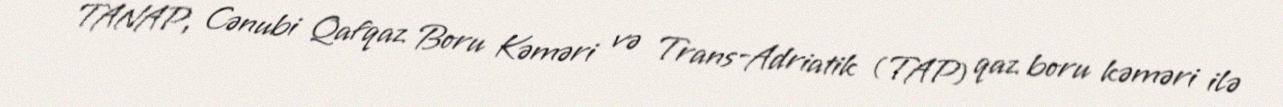
TANAP, Cənubi Qafqaz Boru Kəməri və Trans-Adriatik (TAP) qaz boru kəməri ilə